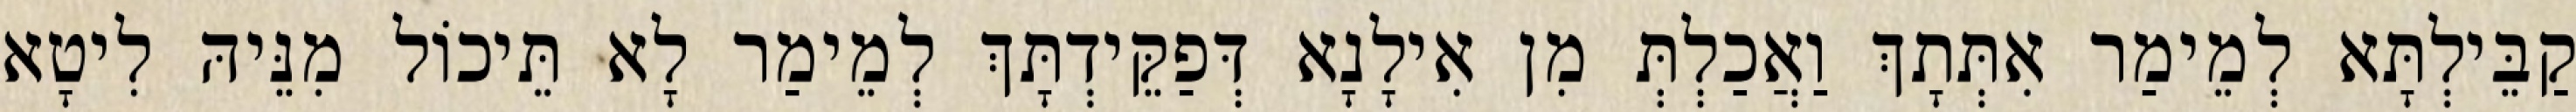
קַבֵּילְתָּא לְמֵימַר אִתְּתָךְ וַאֲכַלְתְּ מִן אִילָנָא דְּפַקֵּידְתָּךְ לְמֵימַר לָא תֵּיכוֹל מִנֵּיהּ לִיטָא